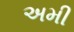
અમી